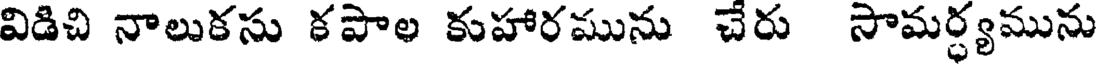
విడిచి నాలుకసు కపాల కుహారమును చేరు సామర్ధ్యమును